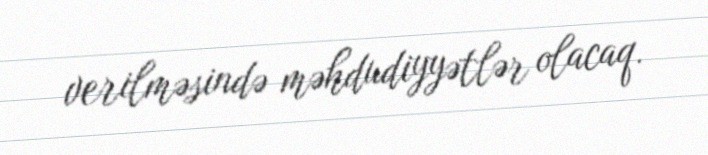
verilməsində məhdudiyyətlər olacaq.